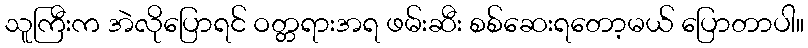
သူကြီးက အဲလိုပြောရင် ဝတ္တရားအရ ဖမ်းဆီး စစ်ဆေးရတော့မယ် ပြောတာပါ။